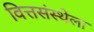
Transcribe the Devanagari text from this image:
वित्तसंस्थेला